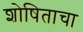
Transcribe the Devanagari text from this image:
शोषिताचा